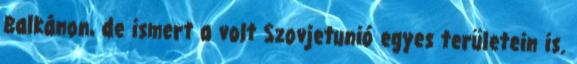
Balkánon, de ismert a volt Szovjetunió egyes területein is.